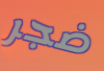
ضجر